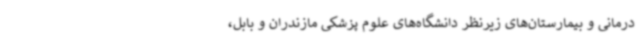
درمانی و بیمارستان‌های زیرنظر دانشگاه‌های علوم پزشکی مازندران و بابل،